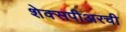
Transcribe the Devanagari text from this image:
शेक्सपीअरची